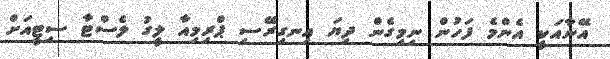
އޭނާއަކީ އެންމެ ފަހުން ނިމިގެން ދިޔަ އިނގިރޭސި ޕްރިމިއާ ލީގު ލެސްޓާ ސިޓީއަށް